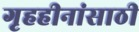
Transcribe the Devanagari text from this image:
गृहहीनांसाठी